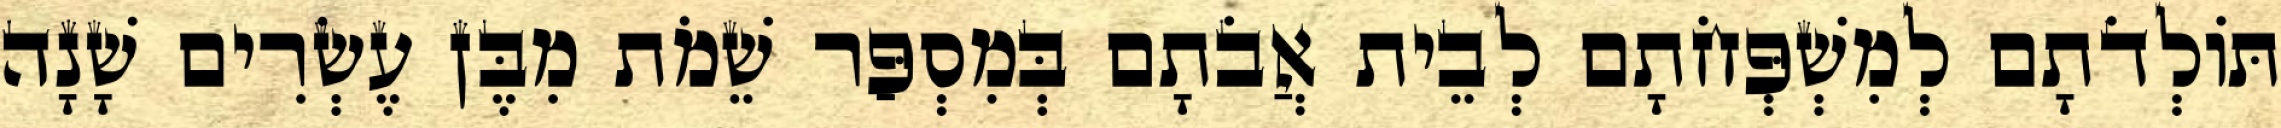
תּוֹלְדֹתָם לְמִשְׁפְּחֹתָם לְבֵית אֲבֹתָם בְּמִסְפַּר שֵׁמֹת מִבֶּן עֶשְׂרִים שָׁנָה